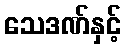
သေဒဏ်နှင့်